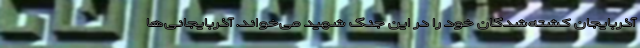
آذربایجان کشته‌شدگان خود را در این جنگ شهید می‌خواند. آذربایجانی‌ها